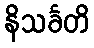
နိသင်္ခတိ